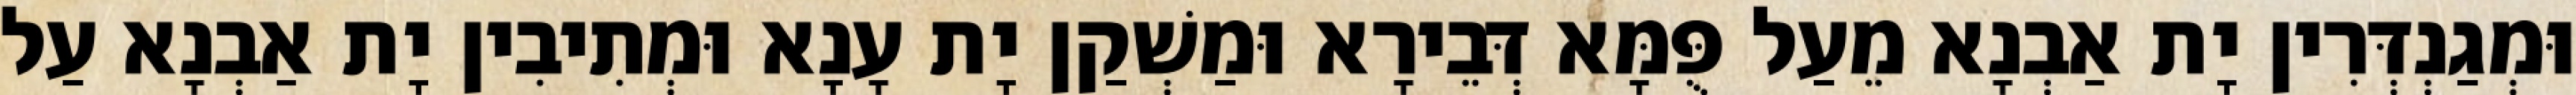
וּמְגַנְדְּרִין יָת אַבְנָא מֵעַל פֻּמָּא דְּבֵירָא וּמַשְׁקַן יָת עָנָא וּמְתִיבִין יָת אַבְנָא עַל